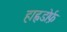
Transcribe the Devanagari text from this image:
हाह्नडोर्फ़